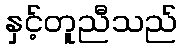
နှင့်တူညီသည်